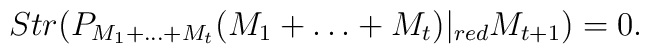
Str(P_{M_1+\dots+M_t}(M_1+\dots+M_t)|_{{red}}M_{t+1})=0.